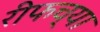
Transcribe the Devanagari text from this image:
रीफच्या